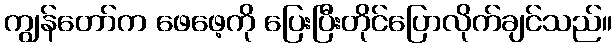
ကျွန်တော်က ဖေဖေ့ကို ပြေးပြီးတိုင်ပြောလိုက်ချင်သည်။